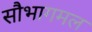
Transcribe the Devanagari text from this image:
सौभागमल